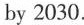
by 2030.